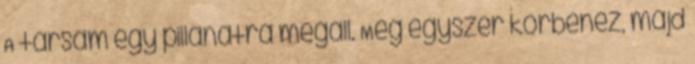
A társam egy pillanatra megáll. Még egyszer körbenéz, majd